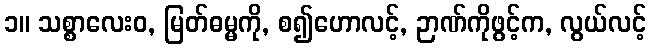
၁။ သစ္စာလေးဝ, မြတ်ဓမ္မကို, စ၍ဟောလင့်, ဉာဏ်ကိုဖွင့်က, လွယ်လင့်